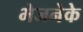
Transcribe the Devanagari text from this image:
भेजनेके